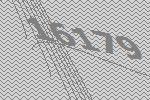
16179